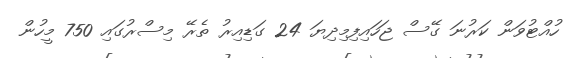
ހުއްޓުވަން ކަރުނަ ގޭސް ޖަހައިފިމިދިޔަ 24 ގަޑިއިރު ތެރޭ މިސްރުގައި 750 މީހުން